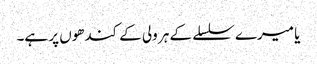
یا میرے سلسلے کے ہر ولی کے کندھوں پر ہے۔